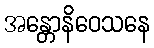
အန္တောနိဝေသနေ